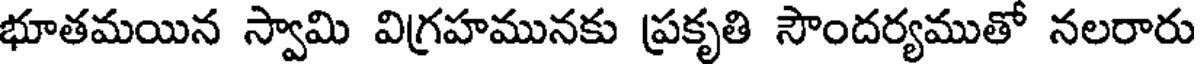
భూతమయిన స్వామి విగ్రహమునకు ప్రకృతి సౌందర్యముతో నలరారు